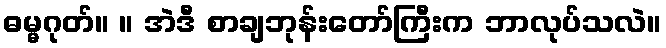
ဓမ္မဂုတ်။ ။ အဲဒီ စာချဘုန်းတော်ကြီးက ဘာလုပ်သလဲ။